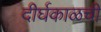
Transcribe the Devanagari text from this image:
दीर्घकाळची